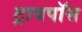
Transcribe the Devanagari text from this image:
ट्रायपॉस